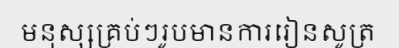
មនុស្សគ្រប់ៗរូបមានការរៀនសូត្រ